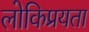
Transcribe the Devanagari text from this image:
लोकिप्रयता